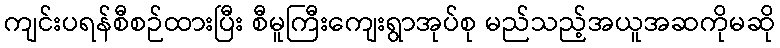
ကျင်းပရန်စီစဉ်ထားပြီး စီမူကြီးကျေးရွာအုပ်စု မည်သည့်အယူအဆကိုမဆို